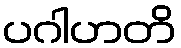
ပဂါဟတိ